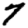
Digit: 7